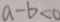
a - b < 0